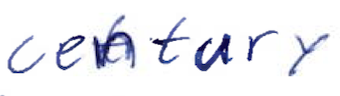
Text: century
Cross-out: clean
Writing tool: ballpoint